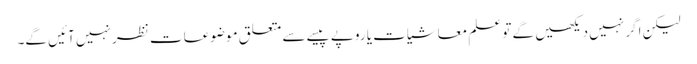
لیکن اگر نہیں دیکھیں گے تو علم معاشیات یا روپے پیسے سے متعلق موضوعات نظر نہیں آئیں گے۔